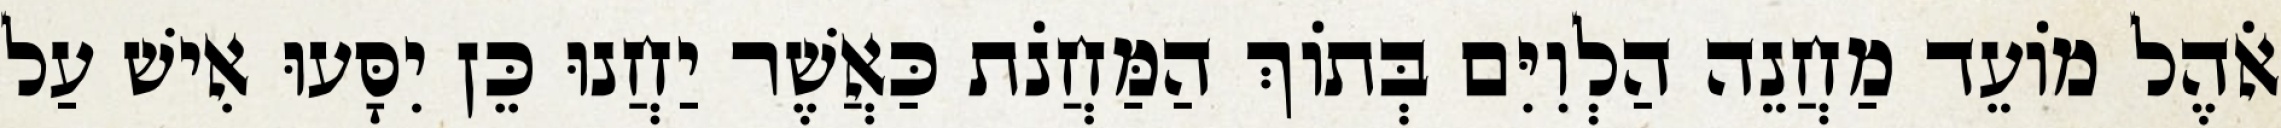
אֹהֶל מוֹעֵד מַחֲנֵה הַלְוִיִּם בְּתוֹךְ הַמַּחֲנֹת כַּאֲשֶׁר יַחֲנוּ כֵּן יִסָּעוּ אִישׁ עַל